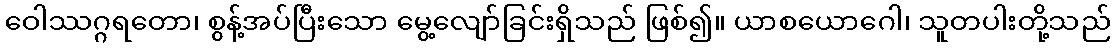
ဝေါဿဂ္ဂရတော၊ စွန့်အပ်ပြီးသော မွေ့လျော်ခြင်းရှိသည် ဖြစ်၍။ ယာစယောဂေါ၊ သူတပါးတို့သည်